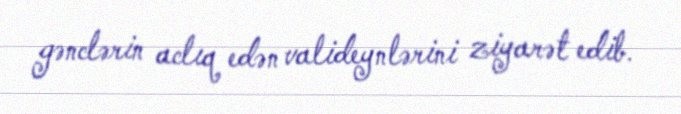
gənclərin aclıq edən valideynlərini ziyarət edib.